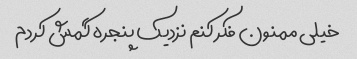
خیلی ممنون فکر کنم نزدیک پنجره گمش کردم